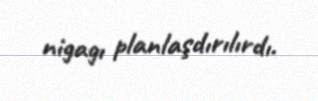
nigagı planlaşdırılırdı.